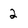
Character: 2